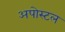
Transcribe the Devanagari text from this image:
अपोस्टल